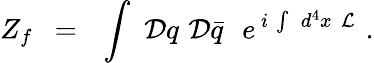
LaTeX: Z_{f}\ \ =\ \ \int\, \, {\cal D}q\, \, {\cal D}\bar{q}\, \, \, \, e^{\, i\, \int\, \, d^{4}x\, \, {\cal L}}\, \, .